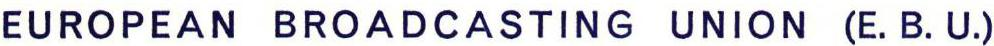
EUROPEAN BROADCASTING UNION (E. B. U.)